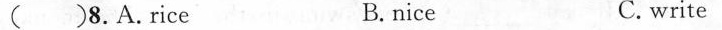
( ) 8. A.Rice B.nice C. write